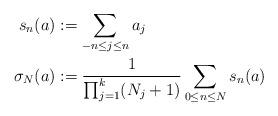
LaTeX: \begin{align*}s_n(a)&:=\sum_{-n\leq j \leq n}a_j\\ \sigma_N(a)&:=\frac{1}{\textstyle{\prod_{j=1}^k(N_j+1)}}\sum_{0\leq n\leq N} s_n(a)\end{align*}